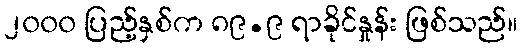
၂၀၀၀ ပြည့်နှစ်က ၈၉.၉ ရာခိုင်နှုန်း ဖြစ်သည်။